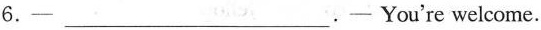
6.-___- You're welcome.